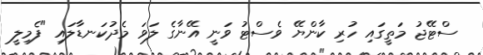
ސްޓޭޖު މަތީގައި ހުރި ކާންޔޭ ވެސްޓު ވަނީ އޭނާގެ ލަވަ މެދުކަނޑާލައި "ފެމިލީ